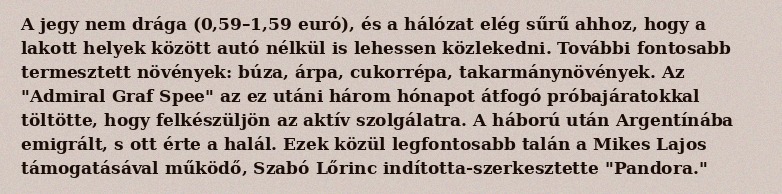
A jegy nem drága (0,59–1,59 euró), és a hálózat elég sűrű ahhoz, hogy a lakott helyek között autó nélkül is lehessen közlekedni. További fontosabb termesztett növények: búza, árpa, cukorrépa, takarmánynövények. Az "Admiral Graf Spee" az ez utáni három hónapot átfogó próbajáratokkal töltötte, hogy felkészüljön az aktív szolgálatra. A háború után Argentínába emigrált, s ott érte a halál. Ezek közül legfontosabb talán a Mikes Lajos támogatásával működő, Szabó Lőrinc indította-szerkesztette "Pandora."